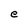
Character: e